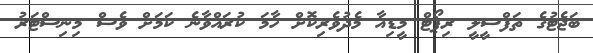
ބަޖެޓުގެ ތަފްސީލީ ރިޕޯޓް މީޑިއާ މެދުވެރިކޮށް ހާމަ ކުރައްވާނެ ކަމަށް ވެސް މިނިސްޓަރު